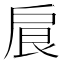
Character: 𢩆